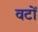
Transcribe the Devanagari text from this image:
वटों